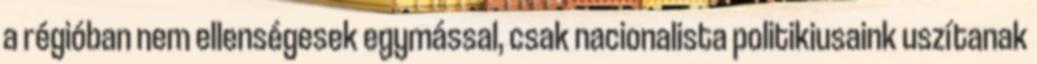
a régióban nem ellenségesek egymással, csak nacionalista politikiusaink uszítanak